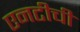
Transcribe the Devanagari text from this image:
एनटीची